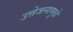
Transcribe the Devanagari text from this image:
उत्तेजनामुळे